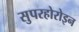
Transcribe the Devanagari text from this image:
सुपरहोरोइन